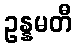
ဥန္နမတီ